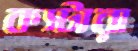
কস্টারা